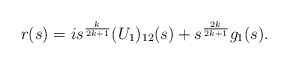
\begin{align*} r(s)= i s^\frac{k}{2k+1} (U_1)_{12}(s) + s^\frac{2k}{2k+1}g_1(s).\end{align*}